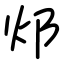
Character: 邩